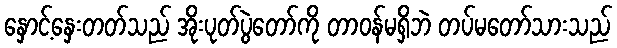
နှောင့်နှေးတတ်သည် အိုးပုတ်ပွဲတော်ကို တာဝန်မရှိဘဲ တပ်မတော်သားသည်